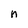
Character: n